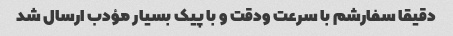
دقیقا سفارشم با سرعت ودقت و با پیک بسیار مؤدب ارسال شد